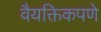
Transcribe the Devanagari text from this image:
वैयक्तिकपणे